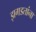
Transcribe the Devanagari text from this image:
झगडतांना